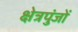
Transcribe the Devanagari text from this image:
क्षेत्रपुंजों